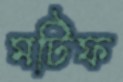
মটিফ